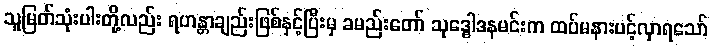
သူမြတ်သုံးပါးတို့လည်း ရဟန္တာချည်းဖြစ်နှင့်ပြီးမှ ခမည်းတော် သုဒ္ဓေါဒနမင်းက ထပ်မနားပင့်လှာရသော်